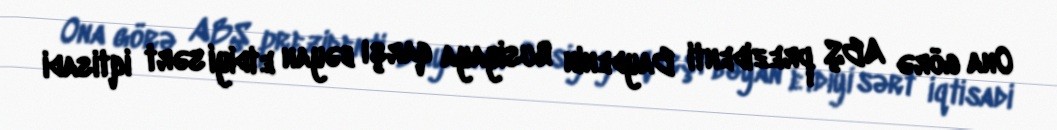
Ona görə ABŞ prezidenti Baydenin Rusiyaya qarşı bəyan etdiyi sərt iqtisadi